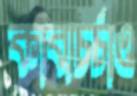
কাব্যচর্চাও